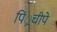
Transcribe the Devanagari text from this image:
पिं्रचीपे